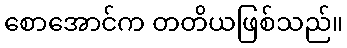
စောအောင်က တတိယဖြစ်သည်။